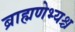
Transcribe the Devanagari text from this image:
ब्राह्मणेभ्यश्च